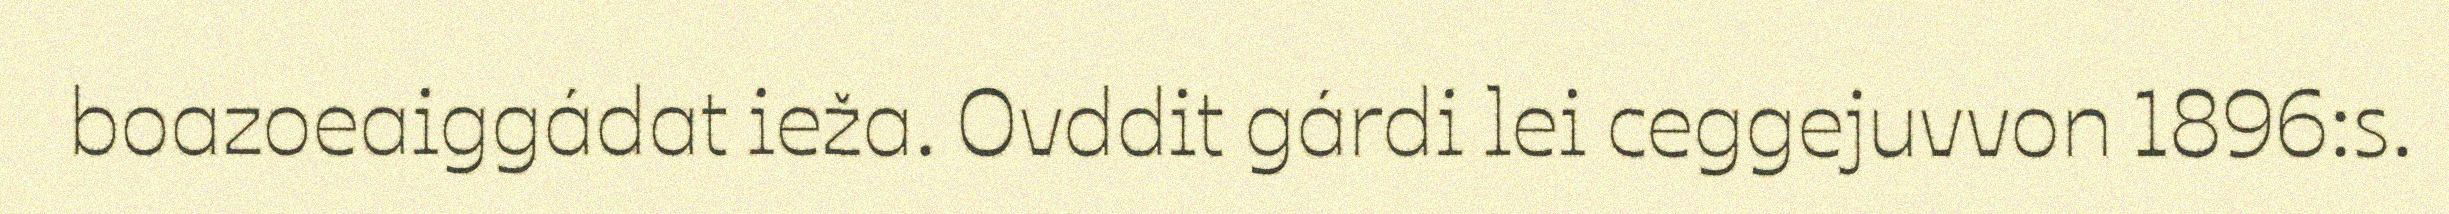
boazoeaiggádat ieža. Ovddit gárdi lei ceggejuvvon 1896:s.